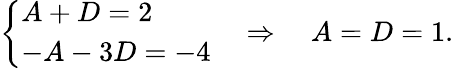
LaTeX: {\left\{ \begin{array}{ll}{A+D=2}\\ {-A-3D=-4}\end{array}\right.}\quad\Rightarrow\quad A=D=1.